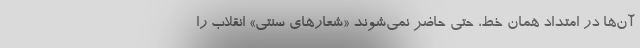
آن‌ها در امتداد همان خط، حتی حاضر نمی‌شوند «شعارهای سنتی» انقلاب را